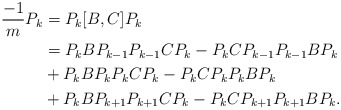
\begin{align*}\frac{-1}{m}P_k &= P_k[B,C]P_k\\&= P_kBP_{k-1}P_{k-1}CP_k-P_kCP_{k-1}P_{k-1}BP_k\\&+P_kBP_kP_kCP_k-P_kCP_kP_kBP_k\\&+P_kBP_{k+1}P_{k+1}CP_k-P_kCP_{k+1}P_{k+1}BP_k.\end{align*}